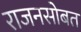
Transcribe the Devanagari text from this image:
राजनसोबत